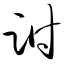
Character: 跗